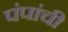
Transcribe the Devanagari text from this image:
पंपांची